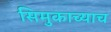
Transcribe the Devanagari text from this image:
सिमुकाच्याच